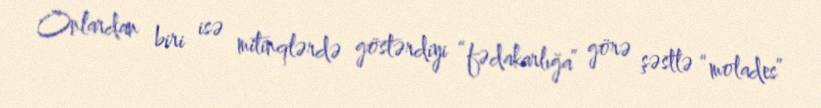
Onlardan biri isə mitinqlərdə göstərdiyi “fədakarlığa” görə şəstlə “molades”